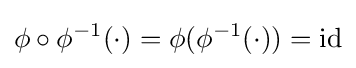
\phi \circ \phi ^{-1}(\cdot )=\phi (\phi ^{-1}(\cdot ))=\operatorname {id}